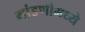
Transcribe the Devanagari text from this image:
मांडणीमध्‍ये